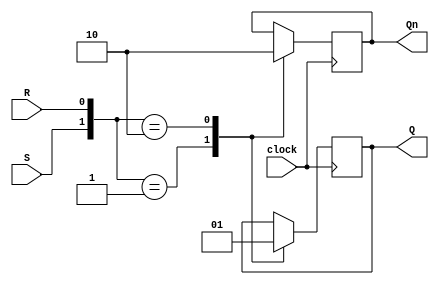
module sr_ff(
  input S, // set input
  input R, // reset input
  input clock, // clock input
  output reg Q, // Q output
  output reg Qn // Q' output
);

  always @(posedge clock) begin
    case ({S, R})
      2'b01: begin //S=0, R=1
        Q <= 0;
        Qn <= 1;
      end
      2'b10: begin //S=1, R=0
        Q <= 1;
        Qn <= 0;
      end
      default: begin
        // Hold previous state
      end
    endcase
  end
endmodule